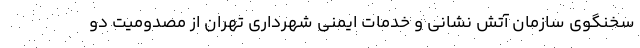
سخنگوی سازمان آتش نشانی و خدمات ایمنی شهرداری تهران از مصدومیت دو